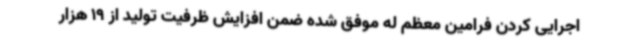
اجرایی کردن فرامین معظم له موفق شده ضمن افزایش ظرفیت تولید از 19 هزار